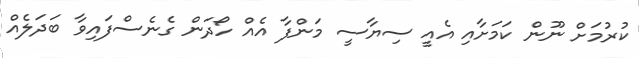
ކުރުމަށް ނޫން ކަމަށާއި އެއީ ސިޔާސީ މަންފާ އެއް ހޯދަން ގެނެސްފައިވާ ބަދަލެއް